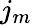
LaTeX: j_{m}